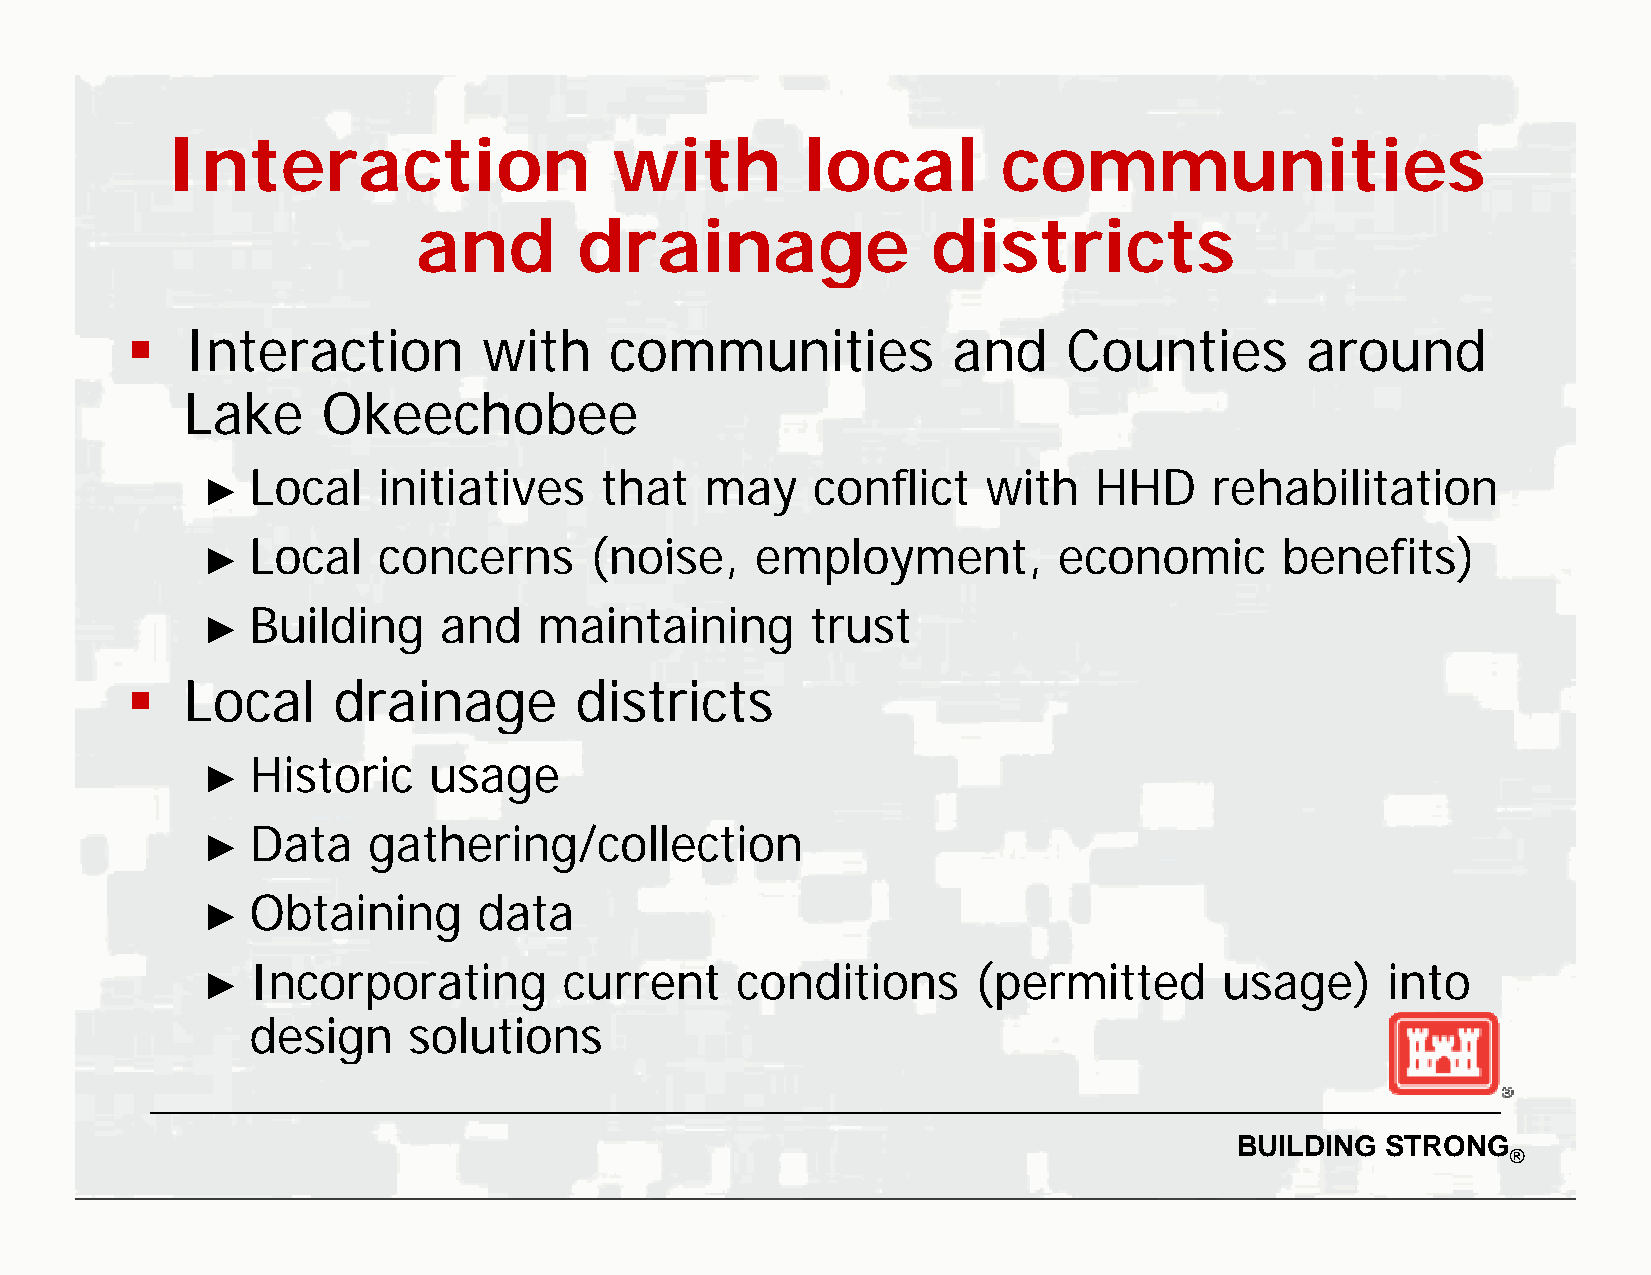
IInntteerraaccttiioonn        wwiitthh    llooccaall   ccoommmmuunniittiieess
 aaaannnndddd ddddrrrraaaaiiiinnnnaaaaggggeeee ddddiiiissssttttrrrriiiiccccttttssss
    Interaction         with    communities            and     Counties       around
 LLakke   OOkkeechhobbee
 Local   initiatives    that   may    conflict   with   HHD     rehabilitation
 ►
 LLooccaall ccoonncceerrnnss ((nnooiissee, eemmppllooyymmeenntt, eeccoonnoommiicc bbeenneeffiittss))
 ►►
 Building    and    maintaining       trust
 ►
    LLooccaall ddrraaiinnaaggee ddiissttrriiccttss
 Historic   usage
 ►
 Data   gathering/collection
 ►
 Obtaining      data
 ►
 Incorporating       current     conditions     (permitted       usage)     into
 ►
 ddeessiiggnn ssoolluuttiioonnss
 BUILDING  STRONG
 ®